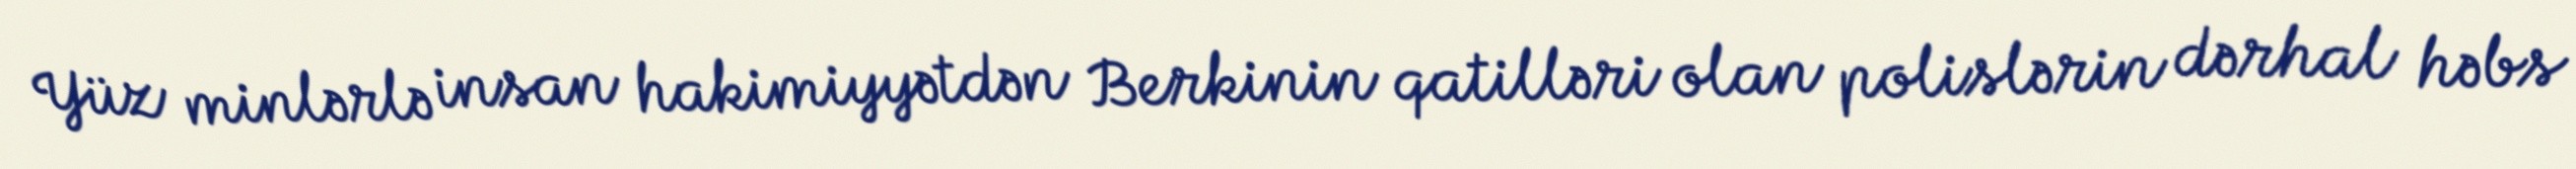
Yüz minlərlə insan hakimiyyətdən Berkinin qatilləri olan polislərin dərhal həbs